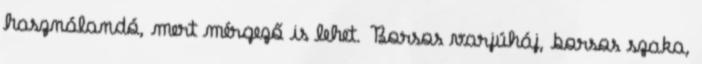
használandó, mert mérgező is lehet. Borsos varjúháj, borsos szaka,